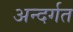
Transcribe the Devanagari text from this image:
अन्दर्गत